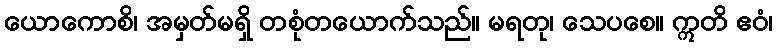
ယောကောစိ၊ အမှတ်မရှိ တစုံတယောက်သည်။ မရတု၊ သေပစေ။ ဣတိ ဧဝံ၊